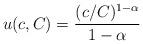
LaTeX: \begin{align*} u(c, C)=\frac{(c/C)^{1-\alpha}}{1-\alpha}\end{align*}